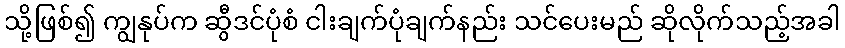
သို့ဖြစ်၍ ကျွနုပ်က ဆွီဒင်ပုံစံ ငါးချက်ပုံချက်နည်း သင်ပေးမည် ဆိုလိုက်သည့်အခါ